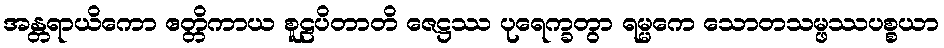
အန္တရာယိကော ဧတ္တိကာယ စူဠပိတာတိ ဇေဋ္ဌဿ ပုရေက္ခတွာ ရမ္မကေ သောတသမ္ဖဿပစ္စယာ